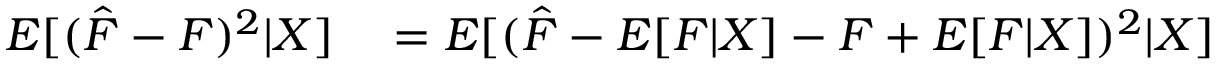
\begin{array} { r l } { E [ ( \hat { F } - F ) ^ { 2 } | X ] } & { { } = E [ ( \hat { F } - E [ F | X ] - F + E [ F | X ] ) ^ { 2 } | X ] } \end{array}